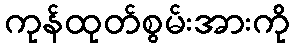
ကုန်ထုတ်စွမ်းအားကို